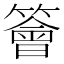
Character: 𥵊